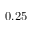
0 . 2 5